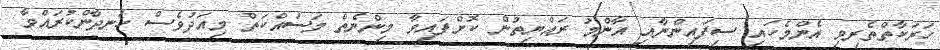
ހަރަކާތްތެރިވި އެންމެހައި ސިފައިންނާއި އާންމު ރައްޔިތުން ކޮށްފައިވާ މިންނެތް މަސައްކަތް މިއަދުވެސް ހަނދާންކުރައްވާ